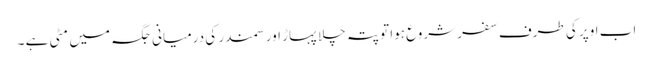
اب اوپر کی طرف سفر شروع ہوا تو پتہ چلا پہاڑ اور سمندر کی درمیانی جگہ میں مٹی ہے ۔